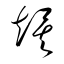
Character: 竢